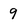
Character: 9